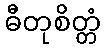
ဓီတုစိတ္တံ